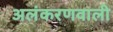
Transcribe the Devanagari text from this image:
अलंकरणवाली